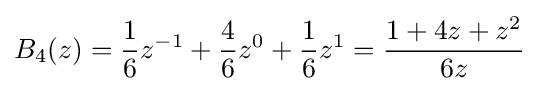
B_{4}(z)={\frac {1}{6}}z^{-1}+{\frac {4}{6}}z^{0}+{\frac {1}{6}}z^{1}={\frac {1+4z+z^{2}}{6z}}